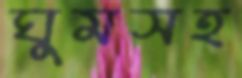
ঘুমসহ